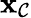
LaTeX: \mathbf{x}_{\mathcal{C}}